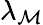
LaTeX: \lambda_{\mathcal{M}}